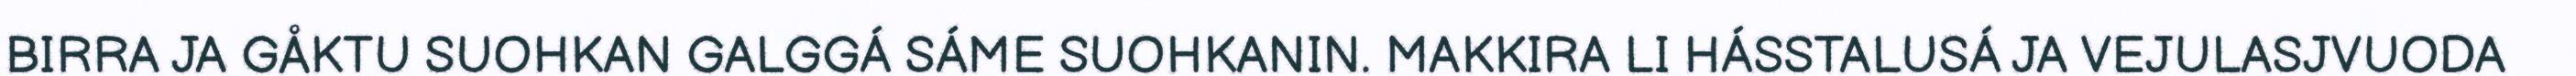
BIRRA JA GÅKTU SUOHKAN GALGGÁ SÁME SUOHKANIN. MAKKIRA LI HÁSSTALUSÁ JA VEJULASJVUODA